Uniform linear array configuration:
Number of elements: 64
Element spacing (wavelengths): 0.75
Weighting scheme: hann
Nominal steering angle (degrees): -60
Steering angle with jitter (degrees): -59.57
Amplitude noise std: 0.05
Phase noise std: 0.05

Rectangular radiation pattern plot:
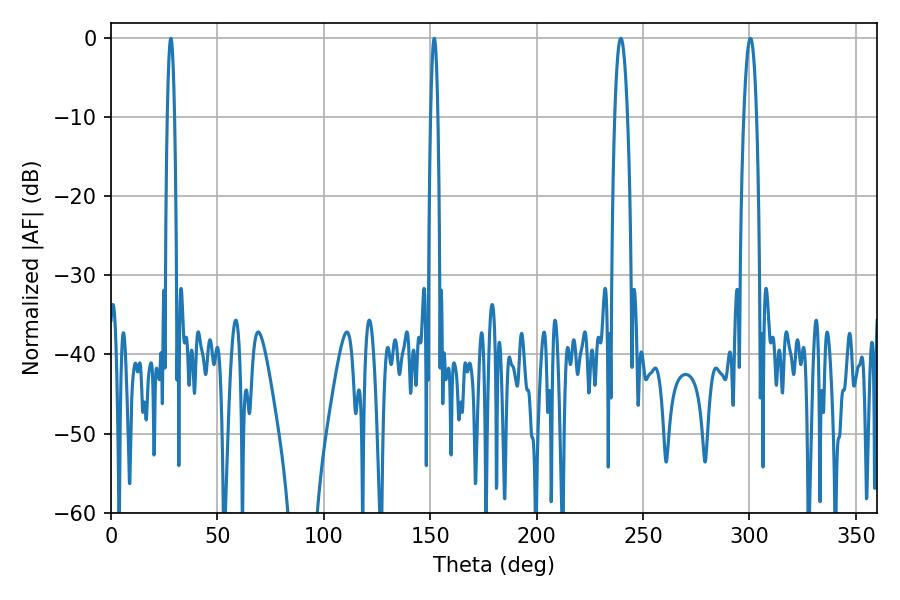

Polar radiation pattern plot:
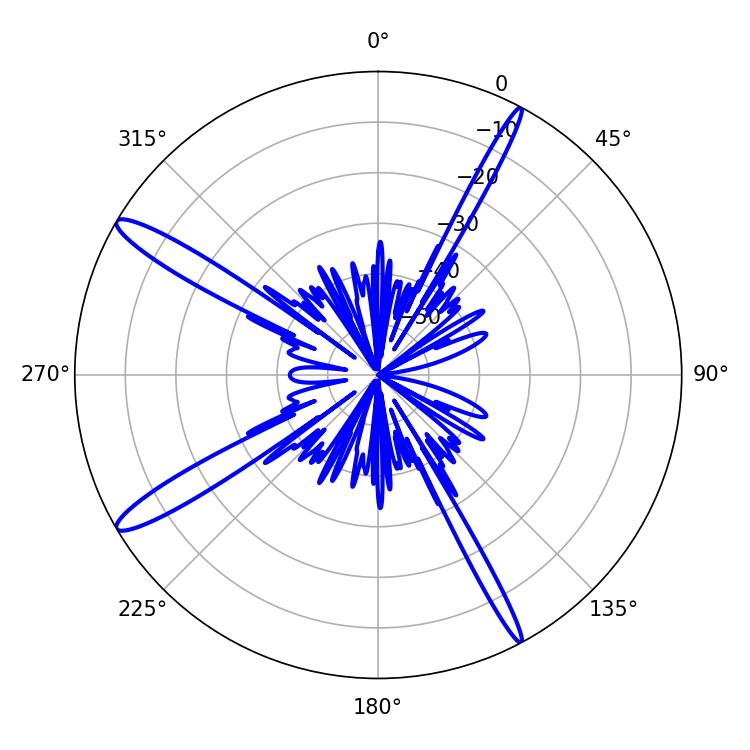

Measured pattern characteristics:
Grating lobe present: TRUE
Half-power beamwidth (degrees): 3.24
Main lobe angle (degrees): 300.42